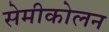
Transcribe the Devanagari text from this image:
सेमीकोलन